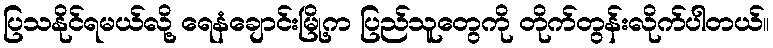
ပြသနိုင်ရမယ်လို့ ရေနံချောင်းမြို့က ပြည်သူတွေကို တိုက်တွန်းလိုက်ပါတယ်။